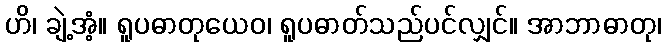
ဟိ၊ ချဲ့အံ့။ ရူပဓာတုယေဝ၊ ရူပဓာတ်သည်ပင်လျှင်။ အာဘာဓာတု၊